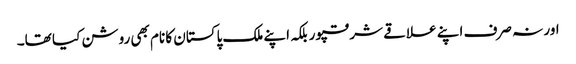
اور نہ صرف اپنے علاقے شرقپور بلکہ اپنے ملک پاکستان کا نام بھی روشن کیا تھا۔